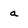
Character: a